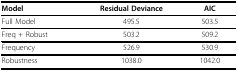
<table><thead><tr><td><b>Model</b></td><td><b>Residual Deviance</b></td><td><b>AIC</b></td></tr></thead><tbody><tr><td>Full Model</td><td>495.5</td><td>503.5</td></tr><tr><td>Freq + Robust</td><td>503.2</td><td>509.2</td></tr><tr><td>Frequency</td><td>526.9</td><td>530.9</td></tr><tr><td>Robustness</td><td>1038.0</td><td>1042.0</td></tr></tbody></table>